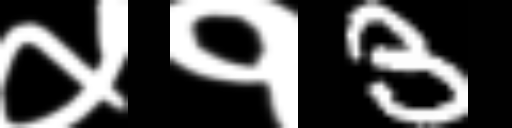
Text: ५१3